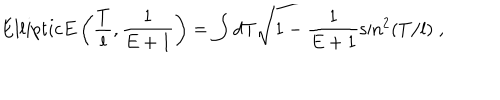
E l l i p t i c E \left( \frac { T } { l } , \frac { 1 } { E + 1 } \right) = \int d T \sqrt { 1 - \frac { 1 } { E + 1 } \sin ^ { 2 } ( T / l ) } \; ,